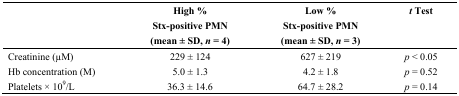
<table><thead><tr><td></td><td><b>High % Stx-positive PMN (mean ± SD,<i>n </i>= 4)</b></td><td><b>Low % Stx-positive PMN (mean ± SD,<i>n </i>= 3)</b></td><td><b><i>t</i> Test</b></td></tr></thead><tbody><tr><td>Creatinine (μM)</td><td>229 ± 124</td><td>627 ± 219</td><td><i>p</i> &lt; 0.05</td></tr><tr><td>Hb concentration (M)</td><td>5.0 ± 1.3</td><td>4.2 ± 1.8</td><td><i>p</i> = 0.52</td></tr><tr><td>Platelets × 10<sup>9</sup>/L</td><td>36.3 ± 14.6</td><td>64.7 ± 28.2</td><td><i>p</i> = 0.14</td></tr></tbody></table>